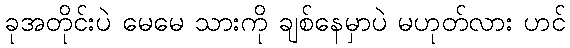
ခုအတိုင်းပဲ မေမေ သားကို ချစ်နေမှာပဲ မဟုတ်လား ဟင်